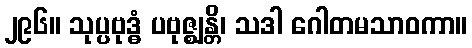
၂၉၆။ သုပ္ပဗုဒ္ဓံ ပဗုဇ္ဈန္တိ၊ သဒါ ဂေါတမသာဝကာ။